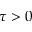
\tau > 0